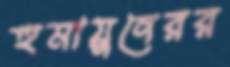
হুমায়ুনেরর